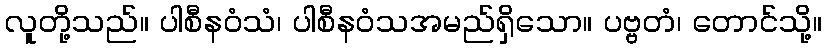
လူတို့သည်။ ပါစီနဝံသံ၊ ပါစီနဝံသအမည်ရှိသော။ ပဗ္ဗတံ၊ တောင်သို့။